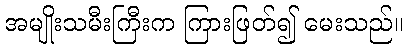
အမျိုးသမီးကြီးက ကြားဖြတ်၍ မေးသည်။